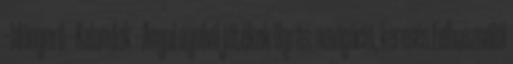
--Időnyerő --Kalandok --Angol nyelvű játékok Ugrás: navigáció, keresés Felhasználói